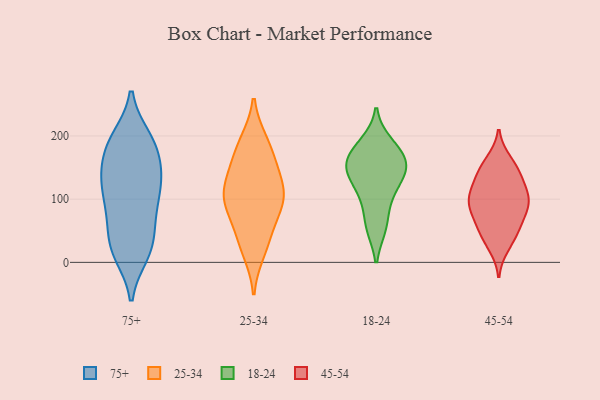
{"axis": {"x": "LTV (USD)", "y": "Value"}, "legend": ["18-24", "25-34", "45-54", "75+"], "data": [{"x": "", "y": 14, "type": "75+"}, {"x": "", "y": 130, "type": "75+"}, {"x": "", "y": 26, "type": "75+"}, {"x": "", "y": 196, "type": "75+"}, {"x": "", "y": 108, "type": "75+"}, {"x": "", "y": 127, "type": "75+"}, {"x": "", "y": 21, "type": "75+"}, {"x": "", "y": 142, "type": "75+"}, {"x": "", "y": 79, "type": "75+"}, {"x": "", "y": 143, "type": "75+"}, {"x": "", "y": 83, "type": "75+"}, {"x": "", "y": 180, "type": "75+"}, {"x": "", "y": 187, "type": "75+"}, {"x": "", "y": 38, "type": "75+"}, {"x": "", "y": 144, "type": "75+"}, {"x": "", "y": 104, "type": "75+"}, {"x": "", "y": 66, "type": "75+"}, {"x": "", "y": 196, "type": "75+"}, {"x": "", "y": 16, "type": "75+"}, {"x": "", "y": 186, "type": "75+"}, {"x": "", "y": 103, "type": "25-34"}, {"x": "", "y": 126, "type": "25-34"}, {"x": "", "y": 154, "type": "25-34"}, {"x": "", "y": 18, "type": "25-34"}, {"x": "", "y": 94, "type": "25-34"}, {"x": "", "y": 190, "type": "25-34"}, {"x": "", "y": 33, "type": "25-34"}, {"x": "", "y": 102, "type": "25-34"}, {"x": "", "y": 52, "type": "25-34"}, {"x": "", "y": 155, "type": "25-34"}, {"x": "", "y": 187, "type": "25-34"}, {"x": "", "y": 88, "type": "25-34"}, {"x": "", "y": 110, "type": "25-34"}, {"x": "", "y": 184, "type": "18-24"}, {"x": "", "y": 144, "type": "18-24"}, {"x": "", "y": 153, "type": "18-24"}, {"x": "", "y": 135, "type": "18-24"}, {"x": "", "y": 170, "type": "18-24"}, {"x": "", "y": 156, "type": "18-24"}, {"x": "", "y": 95, "type": "18-24"}, {"x": "", "y": 56, "type": "18-24"}, {"x": "", "y": 107, "type": "18-24"}, {"x": "", "y": 131, "type": "18-24"}, {"x": "", "y": 55, "type": "18-24"}, {"x": "", "y": 189, "type": "18-24"}, {"x": "", "y": 160, "type": "18-24"}, {"x": "", "y": 78, "type": "45-54"}, {"x": "", "y": 104, "type": "45-54"}, {"x": "", "y": 102, "type": "45-54"}, {"x": "", "y": 50, "type": "45-54"}, {"x": "", "y": 141, "type": "45-54"}, {"x": "", "y": 117, "type": "45-54"}, {"x": "", "y": 25, "type": "45-54"}, {"x": "", "y": 55, "type": "45-54"}, {"x": "", "y": 161, "type": "45-54"}, {"x": "", "y": 139, "type": "45-54"}, {"x": "", "y": 132, "type": "45-54"}, {"x": "", "y": 88, "type": "45-54"}, {"x": "", "y": 99, "type": "45-54"}, {"x": "", "y": 157, "type": "45-54"}, {"x": "", "y": 35, "type": "45-54"}, {"x": "", "y": 86, "type": "45-54"}, {"x": "", "y": 99, "type": "45-54"}, {"x": "", "y": 60, "type": "45-54"}]}